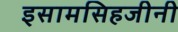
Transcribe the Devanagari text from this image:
इसामसिहजीनी